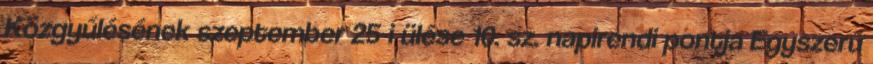
Közgyűlésének szeptember 25-i ülése 10. sz. napirendi pontja Egyszerű